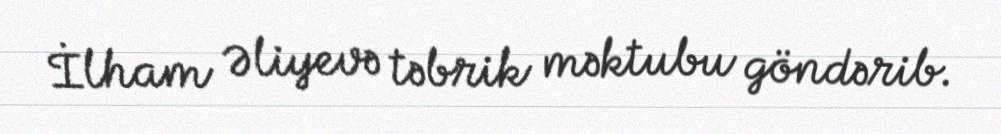
İlham Əliyevə təbrik məktubu göndərib.